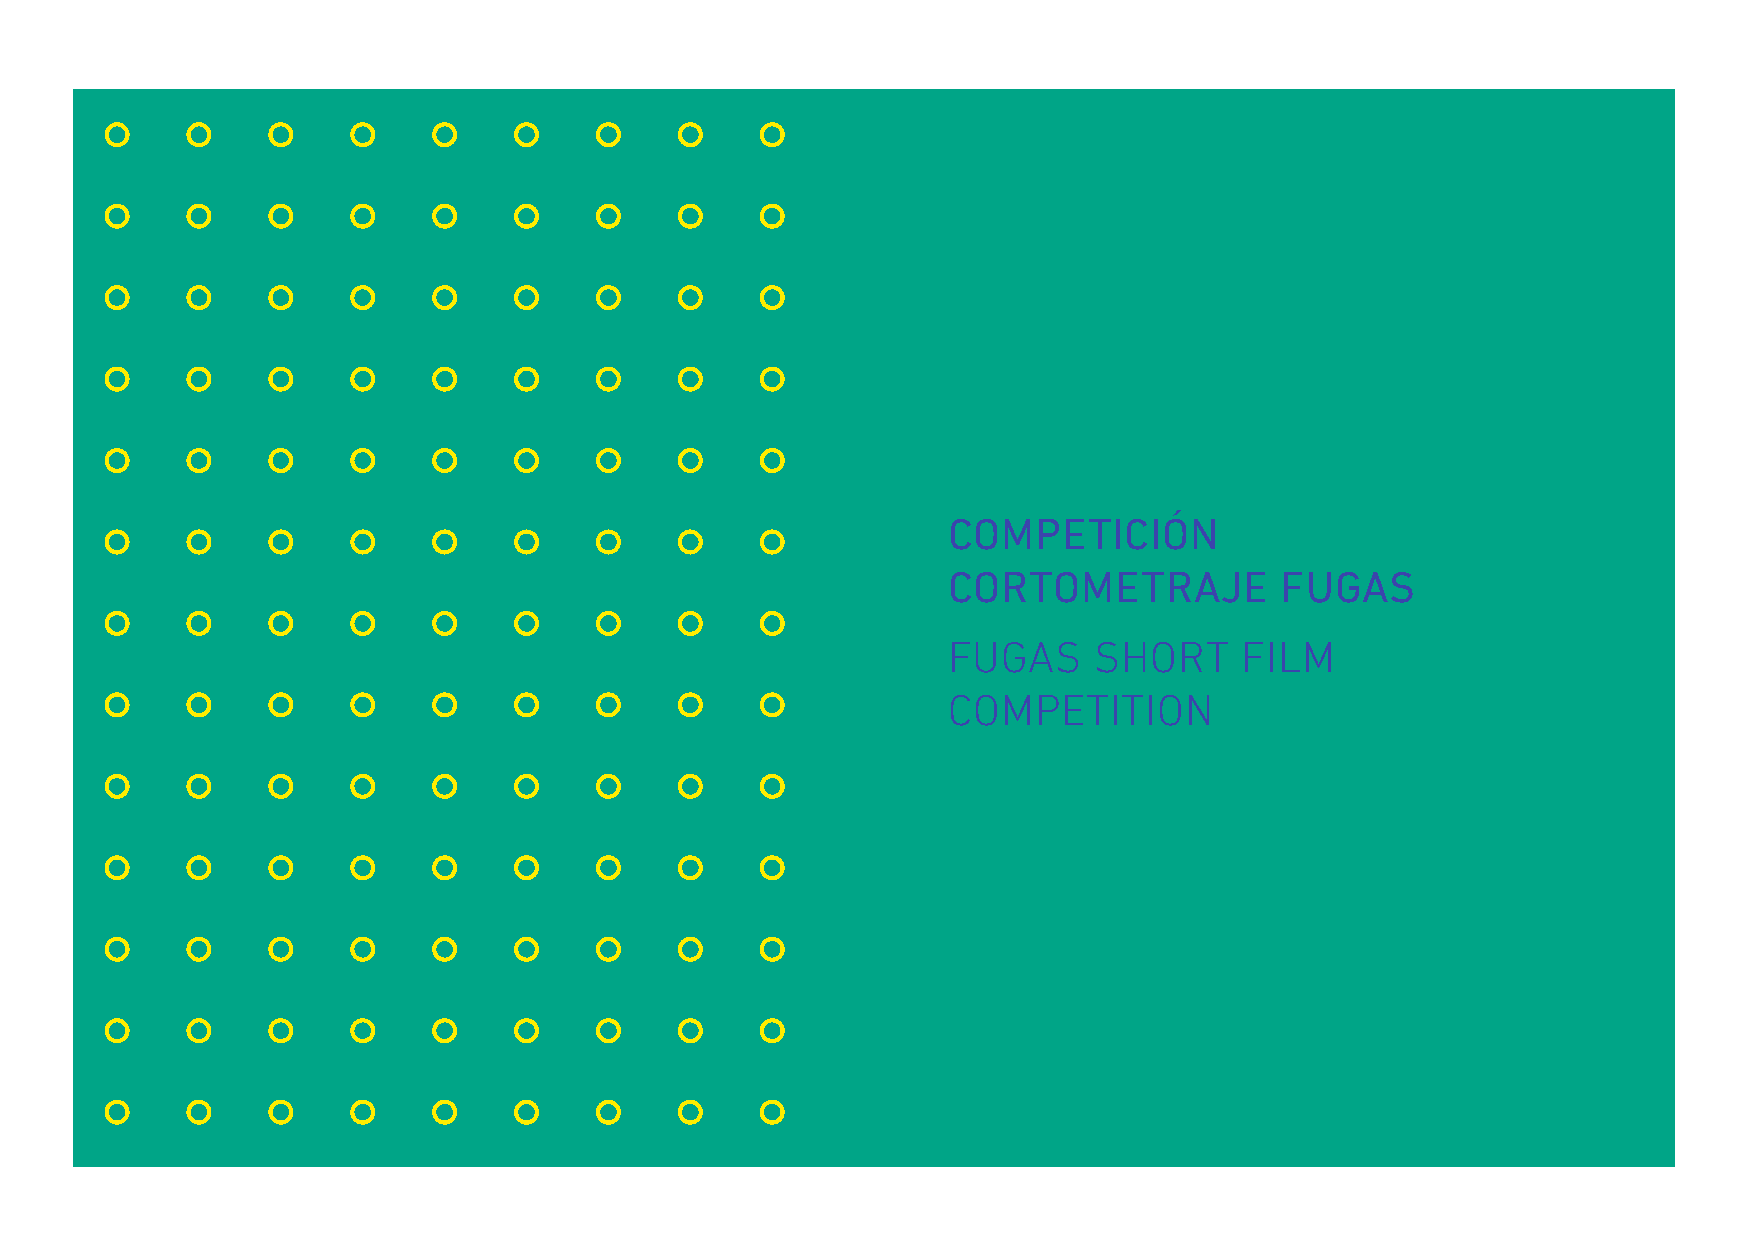
COMPETICIÓN
 CORTOMETRAJE          FUGAS
 FUGAS    SHORT     FILM
 COMPETITION